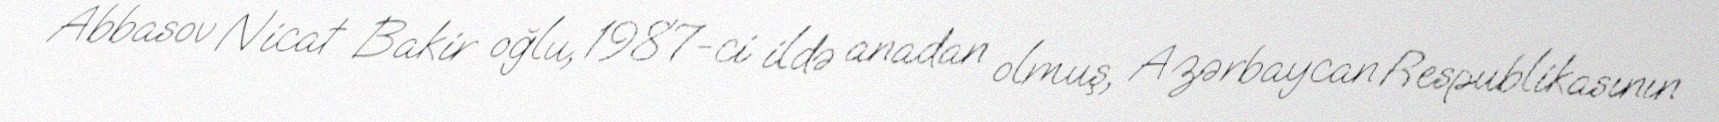
Abbasov Nicat Bakir oğlu, 1987-ci ildə anadan olmuş, Azərbaycan Respublikasının